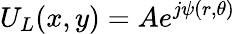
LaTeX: U_{L}(x,y)=Ae^{j\psi(r,\theta)}